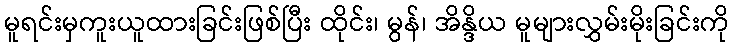
မူရင်းမှကူးယူထားခြင်းဖြစ်ပြီး ထိုင်း၊ မွန်၊ အိန္ဒိယ မူများလွှမ်းမိုးခြင်းကို